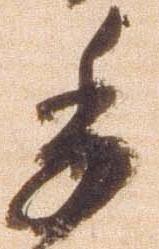
委